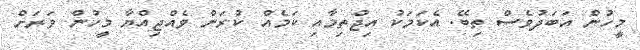
މީހުން އަބަދުވެސް ތިބޭ. އެކަމަކު އިޖްތިމާއި ކަމެއް ކުރަން ވެއްޖިއްޔާ މީހުން ވަރަށް